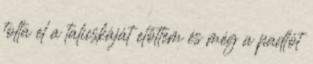
tolta el a talicskáját előttem és még a padlót